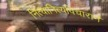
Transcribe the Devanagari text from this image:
नित्यानित्यविचारानें